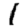
Digit: 1